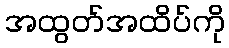
အထွတ်အထိပ်ကို